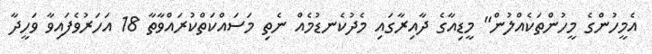
އެމީހުންގެ މީހުންތަކެއްލުން" މީޑިއާގެ ދާއިރާގައި މެދުކެނޑުމެއް ނެތި މަސައްކަތްކުރައްވާތާ 18 އަހަރުވެފައިވާ ވަހީދާ